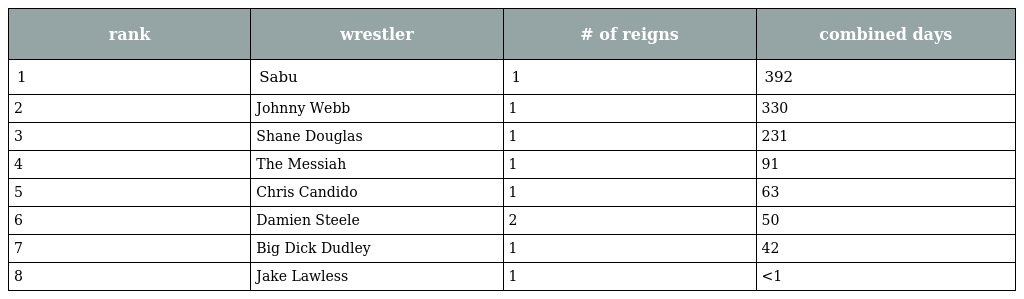
| rank | wrestler | # of reigns | combined days |
 | --- | --- | --- | --- |
 | 1 | Sabu | 1 | 392 |
 | 2 | Johnny Webb | 1 | 330 |
 | 3 | Shane Douglas | 1 | 231 |
 | 4 | The Messiah | 1 | 91 |
 | 5 | Chris Candido | 1 | 63 |
 | 6 | Damien Steele | 2 | 50 |
 | 7 | Big Dick Dudley | 1 | 42 |
 | 8 | Jake Lawless | 1 | <1 |